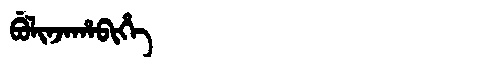
Manchu: ᠪᡠᠯᡳᠨᠵᠠᡥᠠᠪᡳᡥᡝ
Romanization: BULINJAHABIHE